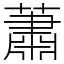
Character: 蕭